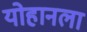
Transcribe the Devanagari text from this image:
योहानला